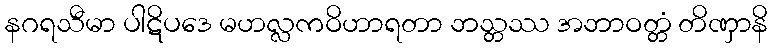
နဂရသီမာ ပါဋိပဒေ မဟလ္လကဝိဟာရတာ ဘသ္တဿ အဘာဝတ္တံ တိဏှာနိ